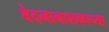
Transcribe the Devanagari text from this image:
वेदनानाशकाच्या